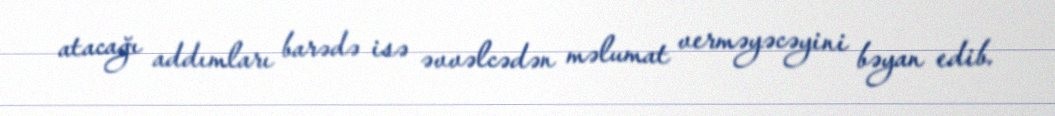
atacağı addımları barədə isə əvvəlcədən məlumat verməyəcəyini bəyan edib.